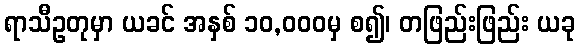
ရာသီဥတုမှာ ယခင် အနှစ် ၁၀,၀၀၀မှ စ၍၊ တဖြည်းဖြည်း ယခု